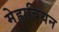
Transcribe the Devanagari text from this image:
मेह्राबियन